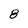
Character: 8